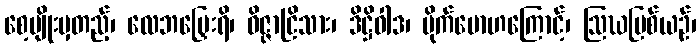
စေ့ပျိုးမှတည့်၊ လေဘမြှေးရိ၊ ဝိဇ္ဇာငြိသား၊ ဒိဋ္ဌိဝါဒ၊ မိုက်မောဟကြောင့်၊ ဩဃမြစ်ယဉ်၊